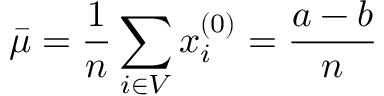
\bar { \mu } = \frac { 1 } { n } \sum _ { i \in V } x _ { i } ^ { ( 0 ) } = \frac { a - b } { n }